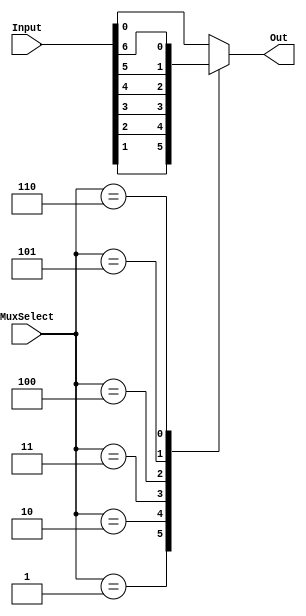
module part1(MuxSelect, Input, Out); //module part 1 declaration
	//Setting inputs and outputs 
	input [2:0] MuxSelect; 
	input [6:0] Input;
	output Out;
	reg Out;	//output signal for always block must be declared using 'reg'
	always @(*) // declare always block
	begin
		case (MuxSelect[2:0]) // start case statement
			3'b000: Out = Input[0]; // case 0
			3'b001: Out = Input[1]; // case 1
			3'b010: Out = Input[2]; // case 2
			3'b011: Out = Input[3]; // case 3
			3'b100: Out = Input[4]; // case 4
			3'b101: Out = Input[5]; // case 5
			3'b110: Out = Input[6]; // case 6
			default: Out = Input[0]; // default case
		endcase
	end
endmodule